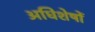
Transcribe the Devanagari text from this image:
अधिशेषों